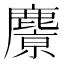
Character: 𪋔